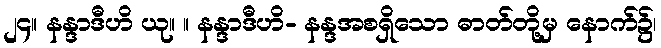
၂၄။ နန္ဒာဒီဟိ ယု။ ။ နန္ဒာဒီဟိ- နန္ဒအစရှိသော ဓာတ်တို့မှ နောက်၌၊